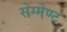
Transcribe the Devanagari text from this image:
सेग्मेण्ट